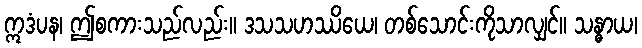
ဣဒံပန၊ ဤစကားသည်လည်း။ ဒသသဟဿိယေ၊ တစ်သောင်းကိုသာလျှင်။ သန္ဓာယ၊